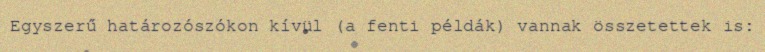
Egyszerű határozószókon kívül (a fenti példák) vannak összetettek is: